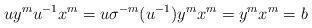
LaTeX: \begin{align*}uy^mu^{-1}x^m=u\sigma^{-m}(u^{-1})y^mx^m=y^mx^m=b\end{align*}